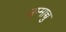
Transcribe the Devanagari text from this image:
उम्माच्चु